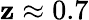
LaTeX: \mathbf{z}\approx0.7